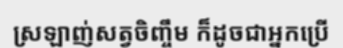
ស្រឡាញ់សត្វចិញ្ចឹម ក៏ដូចជាអ្នកប្រើ